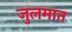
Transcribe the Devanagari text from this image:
जुलमात